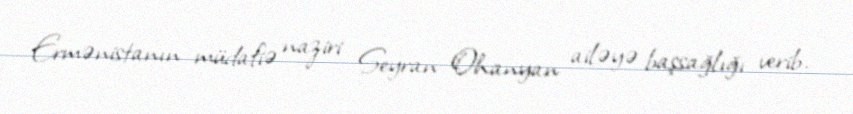
Ermənistanın müdafiə naziri Seyran Ohanyan ailəyə başsağlığı verib.